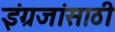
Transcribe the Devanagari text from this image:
इंग्रजांसाठी